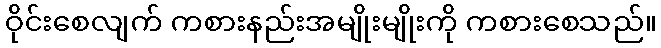
ဝိုင်းစေလျက် ကစားနည်းအမျိုးမျိုးကို ကစားစေသည်။